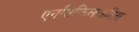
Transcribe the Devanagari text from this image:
एनसिफिलाइटिस